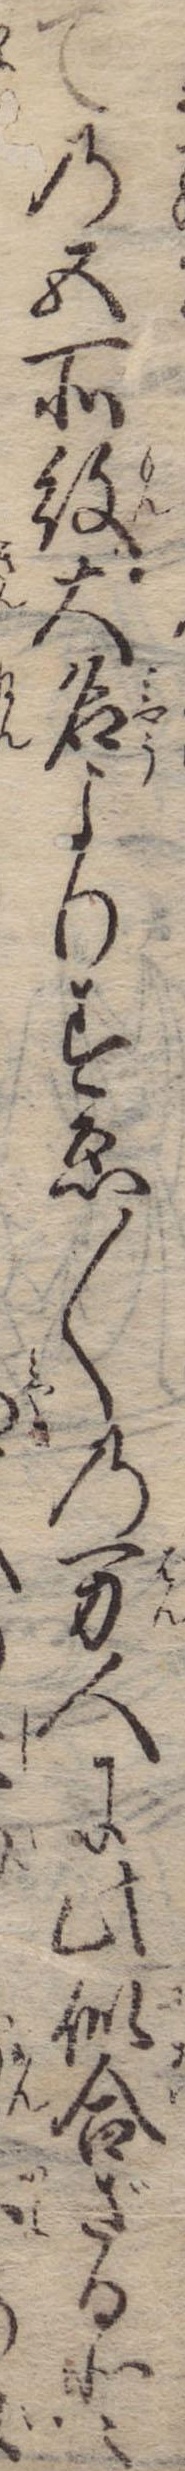
ての五所紋大名よりすゑ〱の万人に此似合ざると